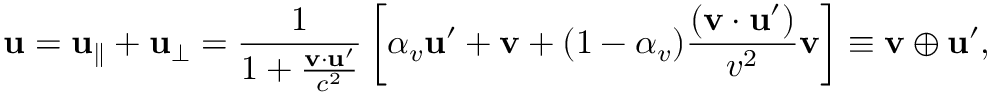
\mathbf { u } = \mathbf { u } _ { \parallel } + \mathbf { u } _ { \perp } = { \frac { 1 } { 1 + { \frac { \mathbf { v } \cdot \mathbf { u } ^ { \prime } } { c ^ { 2 } } } } } \left[ \alpha _ { v } \mathbf { u } ^ { \prime } + \mathbf { v } + ( 1 - \alpha _ { v } ) { \frac { ( \mathbf { v } \cdot \mathbf { u } ^ { \prime } ) } { v ^ { 2 } } } \mathbf { v } \right] \equiv \mathbf { v } \oplus \mathbf { u } ^ { \prime } ,